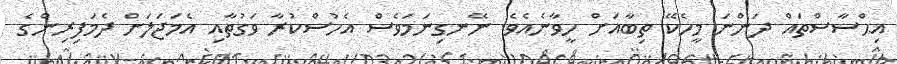
އިޙްސާސްތައް ދަންނަ މީހެކޭ ތިބާއަށް ހީވާނެއެވެ. ނޭނގިނަމަވެސް އެހުސްކުރާ ވަގުތާއި އެމަޖަލަށް ދެމަފިރިންގެ